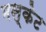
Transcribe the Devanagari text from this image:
मस्केट